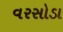
વરસોડા